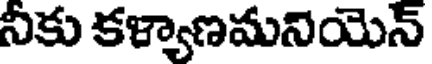
నీకు కళ్యాణమనియెన్